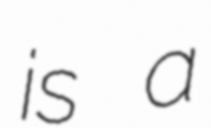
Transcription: is a